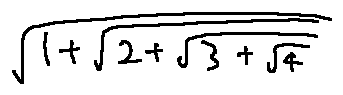
\sqrt { 1 + \sqrt { 2 + \sqrt { 3 + \sqrt { 4 } } } }